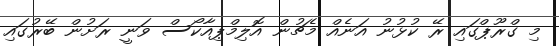
މި ގްރޫޕްގައި ރޭ ކުޅުނު އަނެއް މެޗުން އޮލިމްޕިއާކޯސް ވަނީ ރަށުން ބޭރުގައި